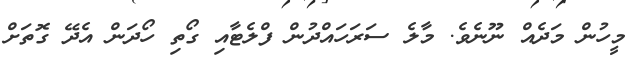
މީހުން މަދެއް ނޫނެވެ. މާލެ ސަރަހައްދުން ފްލެޓާއި ގޯތި ހޯދަން އެދޭ ގޮތަށް